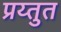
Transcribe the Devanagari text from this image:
प्रय्तुत